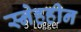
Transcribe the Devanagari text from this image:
स्नेहहीन